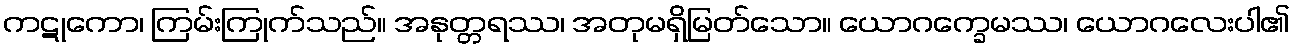
ကဋုကော၊ ကြမ်းကြုက်သည်။ အနုတ္တရဿ၊ အတုမရှိမြတ်သော။ ယောဂက္ခေမဿ၊ ယောဂလေးပါ၏